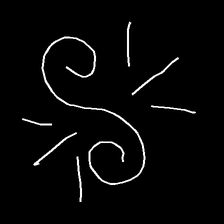
Glyph: wind-directs-air